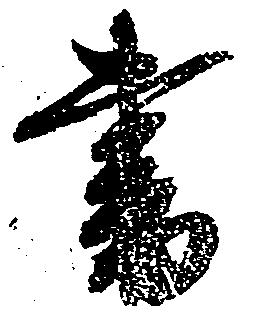
書